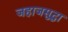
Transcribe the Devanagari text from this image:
जहाजसुद्धा